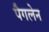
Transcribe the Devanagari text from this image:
पैगलेन